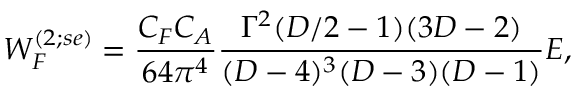
{ \cal W } _ { F } ^ { ( 2 ; s e ) } = { \frac { C _ { F } C _ { A } } { 6 4 { \pi } ^ { 4 } } } { \frac { \Gamma ^ { 2 } ( D / 2 - 1 ) ( 3 D - 2 ) } { ( D - 4 ) ^ { 3 } ( D - 3 ) ( D - 1 ) } } { \cal E } ,